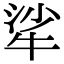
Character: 㸺